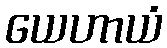
ယေဟာယံ